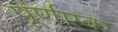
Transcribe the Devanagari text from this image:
पूर्णएक